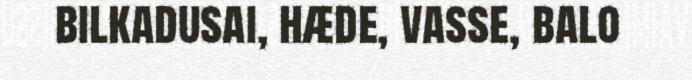
bilkadusai, hæde, vasse, balo